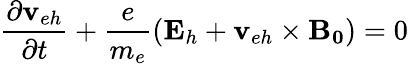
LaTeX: \frac{\partial\mathbf{v}_{eh}}{\partial t}+\frac{e}{m_{e}}\left(\mathbf{E}_{h}+\mathbf{v}_{eh}\times\mathbf{B_{0}}\right)=0